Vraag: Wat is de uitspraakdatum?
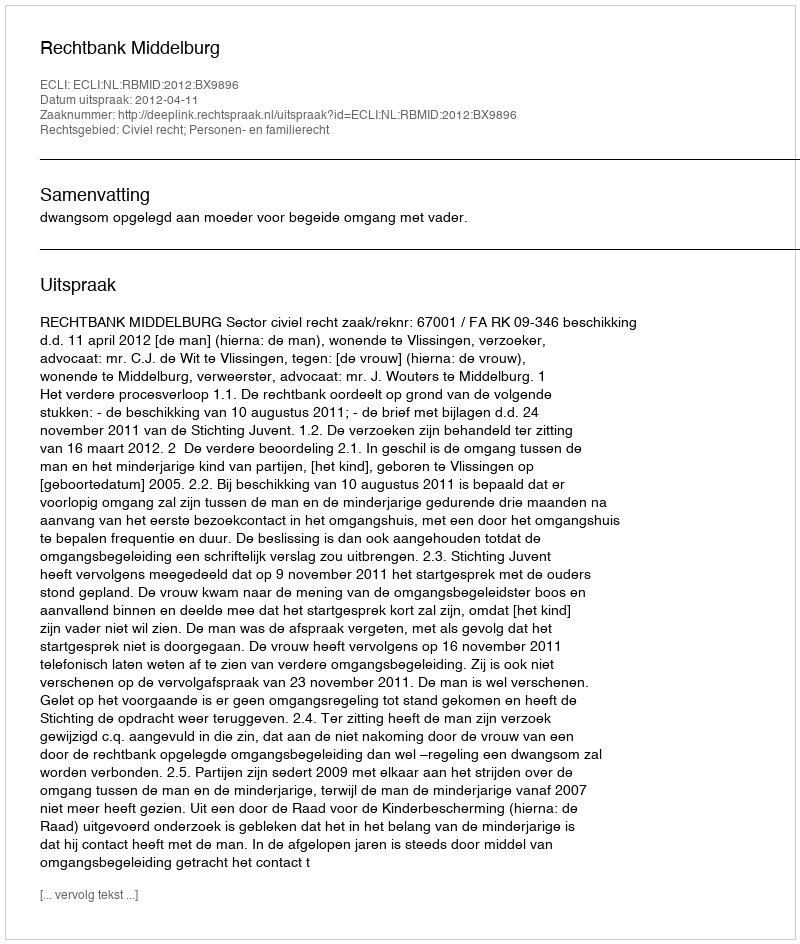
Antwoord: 2012-04-11